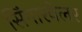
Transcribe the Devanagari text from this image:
सिंगारवेलर